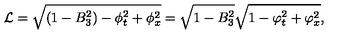
{ \cal L } = \sqrt { ( 1 - B _ { 3 } ^ { 2 } ) - \phi _ { t } ^ { 2 } + \phi _ { x } ^ { 2 } } = \sqrt { 1 - B _ { 3 } ^ { 2 } } \sqrt { 1 - \varphi _ { t } ^ { 2 } + \varphi _ { x } ^ { 2 } } ,